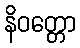
နိဝတ္တော